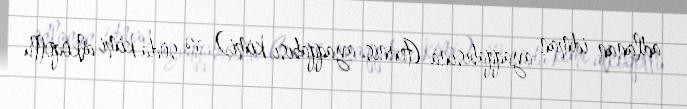
adlanan idman ayaqqabısına (tennis ayaqqabısı kimi) və soda kimi alkoqollu